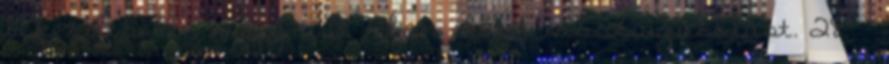
bekezdésében vagy a 18. §-ban előírt visszaigazolást. 28. §